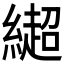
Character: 𰫳